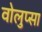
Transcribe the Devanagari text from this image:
वोलुप्सा